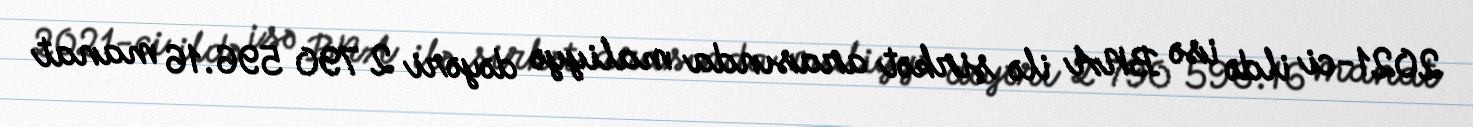
2021-ci ildə isə BNA ilə şirkət arasında maliyyə dəyəri 2 790 596.16 manat